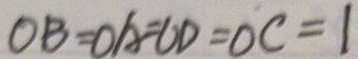
O B = O A = O D = O C = 1